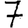
Digit: 7